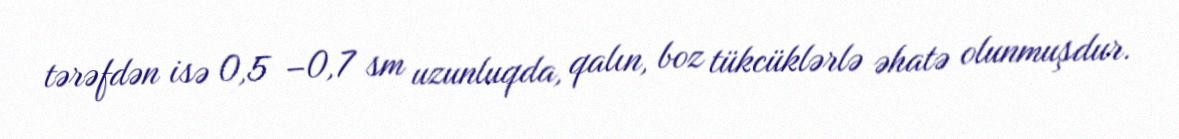
tərəfdən isə 0,5 −0,7 sm uzunluqda, qalın, boz tükcüklərlə əhatə olunmuşdur.